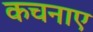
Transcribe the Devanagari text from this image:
कचनाए